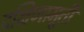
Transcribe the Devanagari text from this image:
दक्षिणामूर्ती